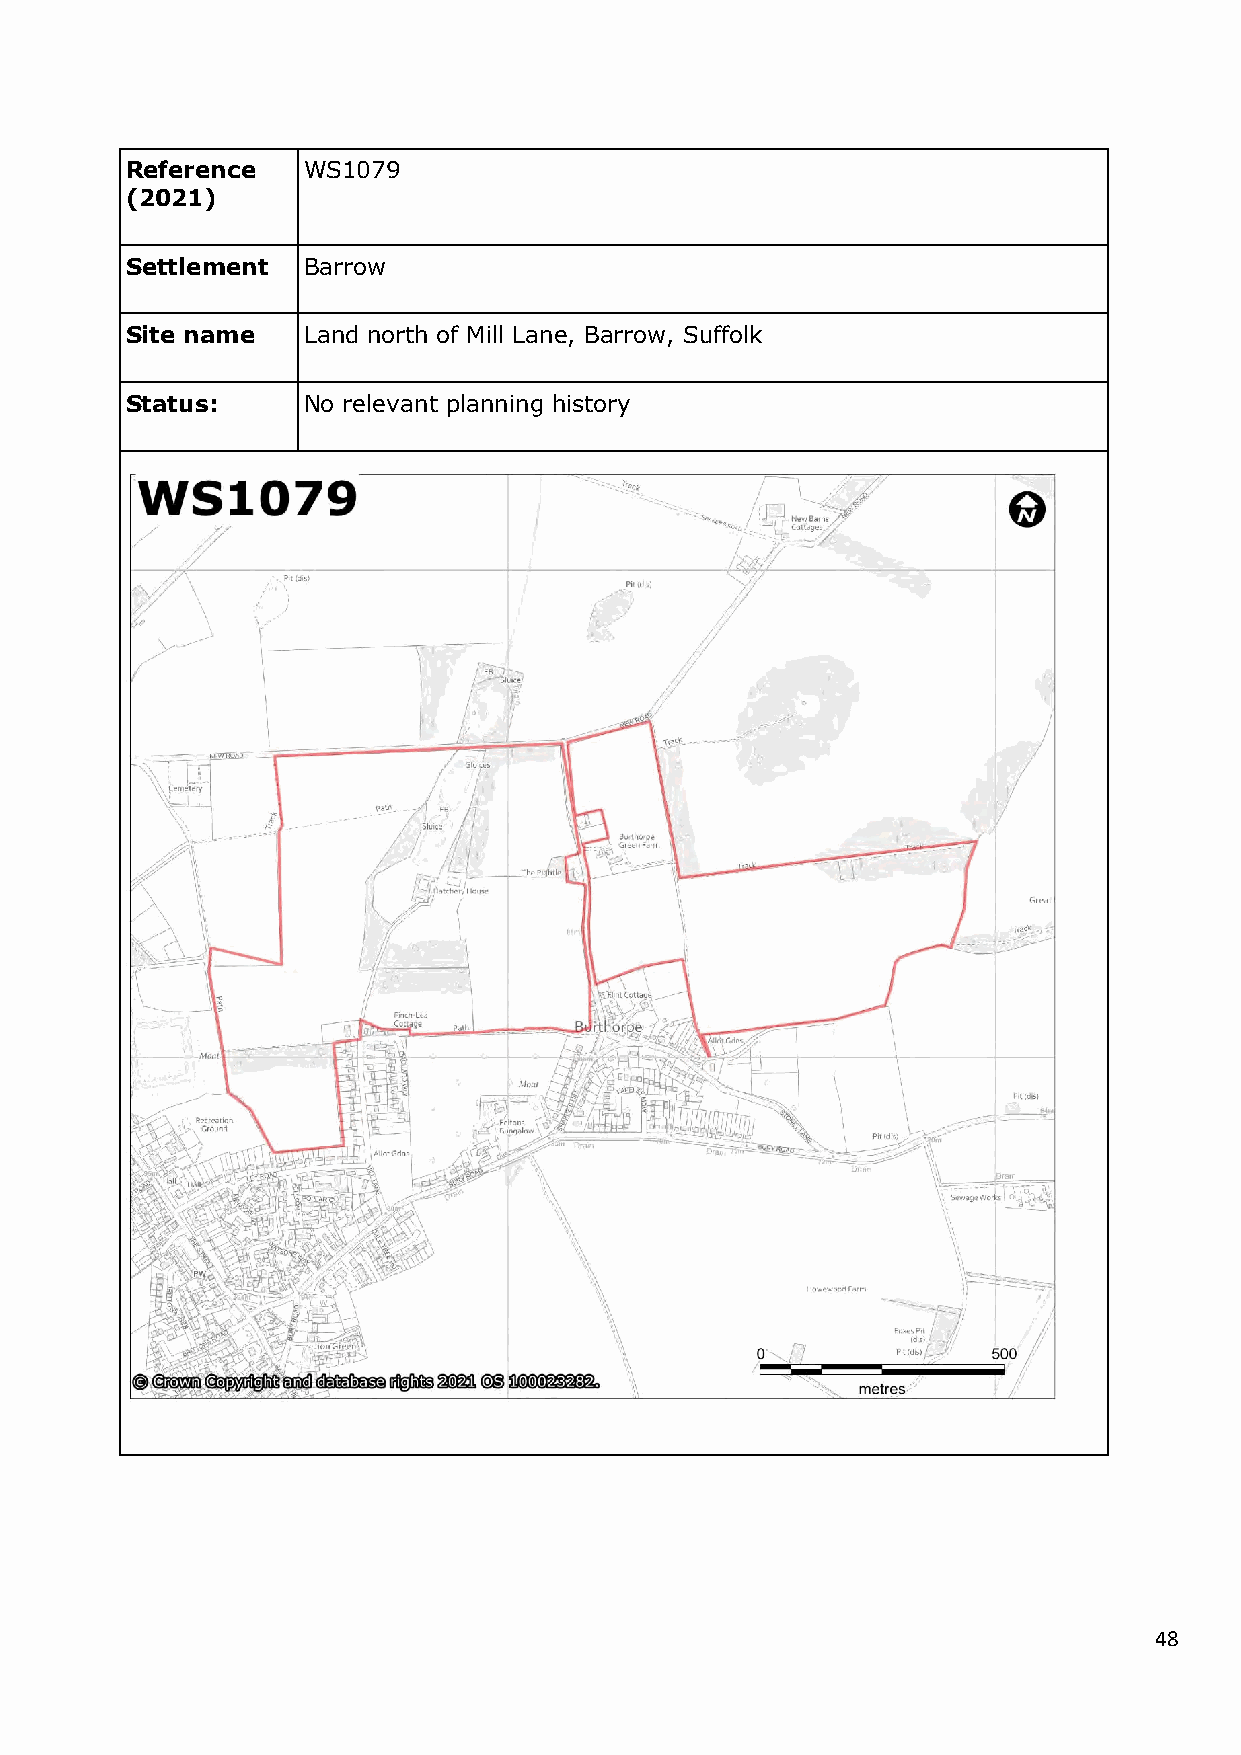
Reference   WS1079
 (2021)
 Settlement  Barrow
 Site name   Land north of Mill Lane, Barrow, Suffolk
 Status:     No relevant planning history
 48